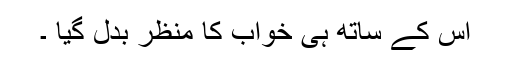
اس کے ساتھ ہی خواب کا منظر بدل گیا ۔